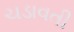
ચડાવતી